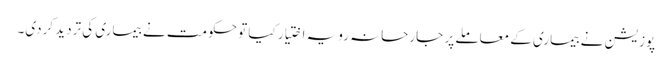
پوزیشن نے بیماری کے معاملے پر جارحانہ رویہ اختیار کیا تو حکومت نے بیماری کی تردید کردی۔